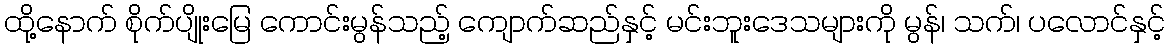
ထို့နောက် စိုက်ပျိုးမြေ ကောင်းမွန်သည့် ကျောက်ဆည်နှင့် မင်းဘူးဒေသများကို မွန်၊ သက်၊ ပလောင်နှင့်